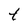
Character: t